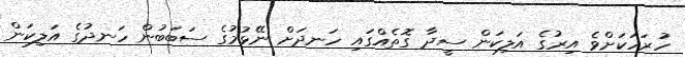
ހުރަހަކަށްވެ އިރުގެ އަލިކަން ސީދާ ގޮތެއްގައި ހަނދަށް ނޭޅުމުގެ ސަބަބުން ހަނދުގެ އަލިކަން